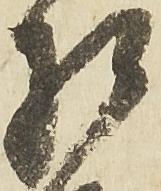
相